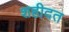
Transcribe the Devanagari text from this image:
शहीदत